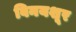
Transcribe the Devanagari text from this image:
विनयशूर